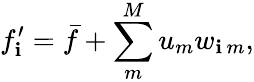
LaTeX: f_{\mathbf{i}}^{\prime}=\bar{{f}}+\sum_{m}^{M}u_{m}w_{\mathbf{i}\, m},